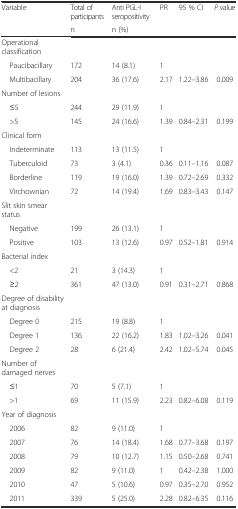
<table><thead><tr><td rowspan="2"><b>Variable</b></td><td><b>Total of participants</b></td><td><b>Anti PGL-I seropositivity</b></td><td rowspan="2"><b>PR</b></td><td rowspan="2"><b>95 % CI</b></td><td rowspan="2"><b><i>P</i> value</b></td></tr><tr><td><b>n</b></td><td><b>n (%)</b></td></tr></thead><tbody><tr><td>Operational classification</td><td></td><td></td><td></td><td></td><td></td></tr><tr><td> Paucibacillary</td><td>172</td><td>14 (8.1)</td><td>1</td><td></td><td></td></tr><tr><td> Multibacillary</td><td>204</td><td>36 (17.6)</td><td>2.17</td><td>1.22–3.86</td><td>0.009</td></tr><tr><td>Number of lesions</td><td></td><td></td><td></td><td></td><td></td></tr><tr><td> ≤5</td><td>244</td><td>29 (11.9)</td><td>1</td><td></td><td></td></tr><tr><td> &gt;5</td><td>145</td><td>24 (16.6)</td><td>1.39</td><td>0.84–2.31</td><td>0.199</td></tr><tr><td>Clinical form</td><td></td><td></td><td></td><td></td><td></td></tr><tr><td> Indeterminate</td><td>113</td><td>13 (11.5)</td><td>1</td><td></td><td></td></tr><tr><td> Tuberculoid</td><td>73</td><td>3 (4.1)</td><td>0.36</td><td>0.11–1.16</td><td>0.087</td></tr><tr><td> Borderline</td><td>119</td><td>19 (16.0)</td><td>1.39</td><td>0.72–2.69</td><td>0.332</td></tr><tr><td> Virchownian</td><td>72</td><td>14 (19.4)</td><td>1.69</td><td>0.83–3.43</td><td>0.147</td></tr><tr><td>Slit skin smear status</td><td></td><td></td><td></td><td></td><td></td></tr><tr><td> Negative</td><td>199</td><td>26 (13.1)</td><td>1</td><td></td><td></td></tr><tr><td> Positive</td><td>103</td><td>13 (12.6)</td><td>0.97</td><td>0.52–1.81</td><td>0.914</td></tr><tr><td>Bacterial index</td><td></td><td></td><td></td><td></td><td></td></tr><tr><td> &lt;2</td><td>21</td><td>3 (14.3)</td><td>1</td><td></td><td></td></tr><tr><td> ≥2</td><td>361</td><td>47 (13.0)</td><td>0.91</td><td>0.31–2.71</td><td>0.868</td></tr><tr><td>Degree of disability at diagnosis</td><td></td><td></td><td></td><td></td><td></td></tr><tr><td> Degree 0</td><td>215</td><td>19 (8.8)</td><td>1</td><td></td><td></td></tr><tr><td> Degree 1</td><td>136</td><td>22 (16.2)</td><td>1.83</td><td>1.02–3.26</td><td>0.041</td></tr><tr><td> Degree 2</td><td>28</td><td>6 (21.4)</td><td>2.42</td><td>1.02–5.74</td><td>0.045</td></tr><tr><td>Number of damaged nerves</td><td></td><td></td><td></td><td></td><td></td></tr><tr><td> ≤1</td><td>70</td><td>5 (7.1)</td><td>1</td><td></td><td></td></tr><tr><td> &gt;1</td><td>69</td><td>11 (15.9)</td><td>2.23</td><td>0.82–6.08</td><td>0.119</td></tr><tr><td>Year of diagnosis</td><td></td><td></td><td></td><td></td><td></td></tr><tr><td> 2006</td><td>82</td><td>9 (11.0)</td><td>1</td><td></td><td></td></tr><tr><td> 2007</td><td>76</td><td>14 (18.4)</td><td>1.68</td><td>0.77–3.68</td><td>0.197</td></tr><tr><td> 2008</td><td>79</td><td>10 (12.7)</td><td>1.15</td><td>0.50–2.68</td><td>0.741</td></tr><tr><td> 2009</td><td>82</td><td>9 (11.0)</td><td>1</td><td>0.42–2.38</td><td>1.000</td></tr><tr><td> 2010</td><td>47</td><td>5 (10.6)</td><td>0.97</td><td>0.35–2.70</td><td>0.952</td></tr><tr><td> 2011</td><td>339</td><td>5 (25.0)</td><td>2.28</td><td>0.82–6.35</td><td>0.116</td></tr></tbody></table>